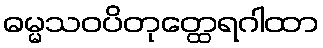
ဓမ္မသဝပိတုတ္ထေရဂါထာ